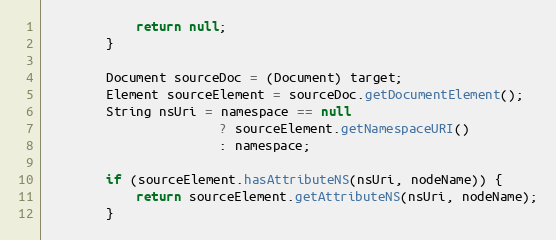
Language: Java
            return null;
        }

        Document sourceDoc = (Document) target;
        Element sourceElement = sourceDoc.getDocumentElement();
        String nsUri = namespace == null
                       ? sourceElement.getNamespaceURI()
                       : namespace;

        if (sourceElement.hasAttributeNS(nsUri, nodeName)) {
            return sourceElement.getAttributeNS(nsUri, nodeName);
        }